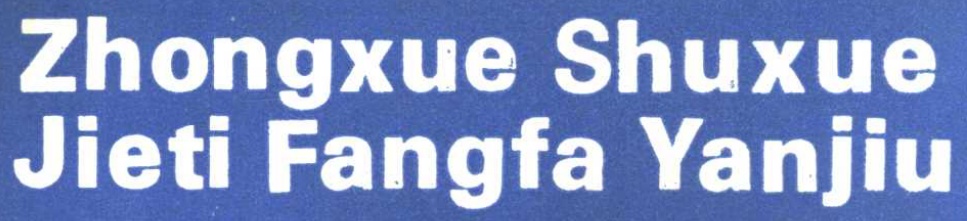
Zhongxue Shuxue\\
Jieti Fangfa Yanjiu